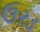
ઉરડ